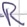
Text: R